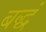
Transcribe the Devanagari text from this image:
बद्धं